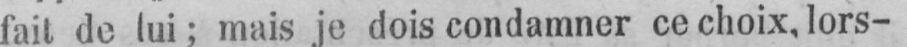
fait de lui; mais je dois condamner ce choix, lors-